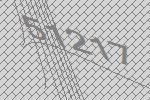
51217